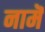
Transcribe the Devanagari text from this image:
नामॆ